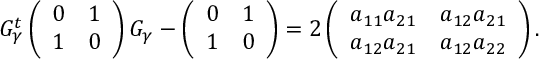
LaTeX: G _ { \gamma } ^ { t } \left( \begin{array} { c } { { 0 } } \\ { { 1 } } \end{array} \begin{array} { c c } { { 1 } } \\ { { 0 } } \end{array} \right) G _ { \gamma } - \left( \begin{array} { c } { { 0 } } \\ { { 1 } } \end{array} \begin{array} { c c } { { 1 } } \\ { { 0 } } \end{array} \right) = 2 \left( \begin{array} { c } { { a _ { 1 1 } a _ { 2 1 } } } \\ { { a _ { 1 2 } a _ { 2 1 } } } \end{array} \begin{array} { c c } { { a _ { 1 2 } a _ { 2 1 } } } \\ { { a _ { 1 2 } a _ { 2 2 } } } \end{array} \right) .